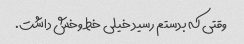
وقتی که بدستم رسید خیلی خط وخش داشت.